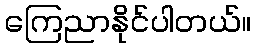
ကြေညာနိုင်ပါတယ်။